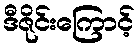
ဒီဇိုင်းကြောင့်